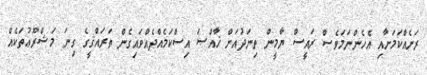
ރަށެއްކަމަށާއި އެހެންނަމަވެސް ރައީސް ޔާމީން ތިނަދުއަށް ޚާއްޞަ އިސްކަމެއްދެއްވައިގެން ތަރައްޤީގެ ގިނަ މަޝްރޫޢުތަކެއް